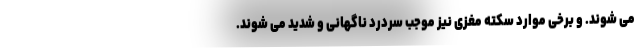
می شوند. و برخی موارد سکته مغزی نیز موجب سردرد ناگهانی و شدید می شوند.